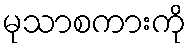
မုသာစကားကို